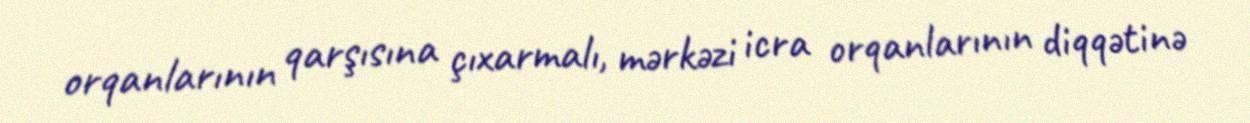
orqanlarının qarşısına çıxarmalı, mərkəzi icra orqanlarının diqqətinə